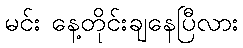
မင်း နေ့တိုင်းချနေပြီလား